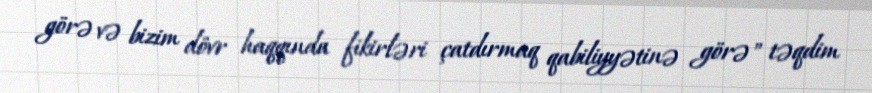
görə və bizim dövr haqqında fikirləri çatdırmaq qabiliyyətinə görə" təqdim